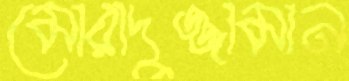
মোরাদুজ্জামান